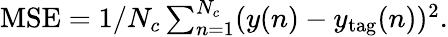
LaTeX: \begin{array}{r}{\mathrm{MSE}=1/N_{c}\sum_{n=1}^{N_{c}}(y(n)-y_{\mathrm{tag}}(n))^{2}.}\end{array}